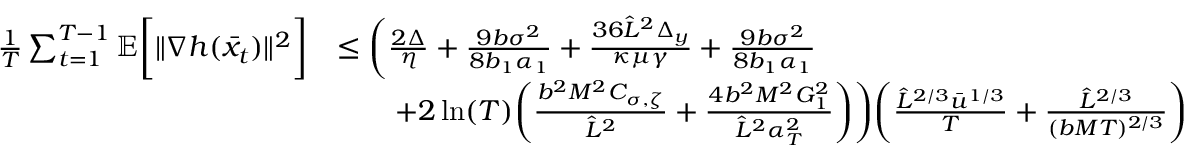
\begin{array} { r l } { \frac { 1 } { T } \sum _ { t = 1 } ^ { T - 1 } \mathbb { E } \bigg [ \| \nabla h ( \bar { x } _ { t } ) \| ^ { 2 } \bigg ] } & { \leq \bigg ( \frac { 2 \Delta } { \eta } + \frac { 9 b \sigma ^ { 2 } } { 8 b _ { 1 } \alpha _ { 1 } } + \frac { 3 6 \hat { L } ^ { 2 } \Delta _ { y } } { \kappa \mu \gamma } + \frac { 9 b \sigma ^ { 2 } } { 8 b _ { 1 } \alpha _ { 1 } } } \\ & { \qquad + 2 \ln ( T ) \bigg ( \frac { b ^ { 2 } M ^ { 2 } C _ { \sigma , \zeta } } { \hat { L } ^ { 2 } } + \frac { 4 b ^ { 2 } M ^ { 2 } G _ { 1 } ^ { 2 } } { \hat { L } ^ { 2 } \alpha _ { T } ^ { 2 } } \bigg ) \bigg ) \bigg ( \frac { \hat { L } ^ { 2 / 3 } \bar { u } ^ { 1 / 3 } } { T } + \frac { \hat { L } ^ { 2 / 3 } } { ( b M T ) ^ { 2 / 3 } } \bigg ) } \end{array}